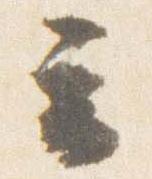
云